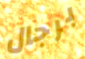
برجال